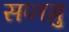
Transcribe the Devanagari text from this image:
सप्तगु